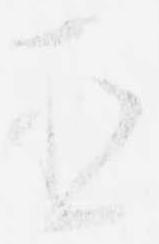
臣